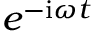
e ^ { - \mathrm { i } \omega t }